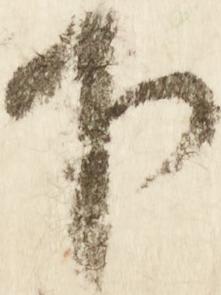
下